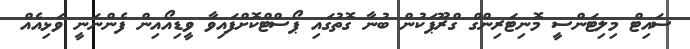
ސައިޓް މިލިޓަންސީ މޮނިޓަރިންގް ގްރޫޕަކުން ބުނާ ގޮތުގައި ޕޯސްޓްކޮށްފައިވާ ވީޑިއޯއިން ފެންނަނީ ވަޅިއެއް